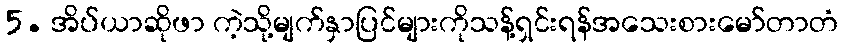
5. အိပ်ယာဆိုဖာ ကဲ့သို့မျက်နှာပြင်များကိုသန့်ရှင်းရန်အသေးစားမော်တာတံ